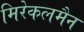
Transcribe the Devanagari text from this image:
मिरेकलमैन